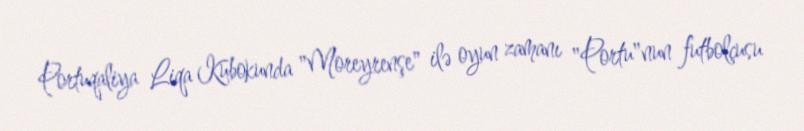
Portuqaliya Liqa Kubokunda "Moreyrenşe" ilə oyun zamanı "Portu"nun futbolçusu